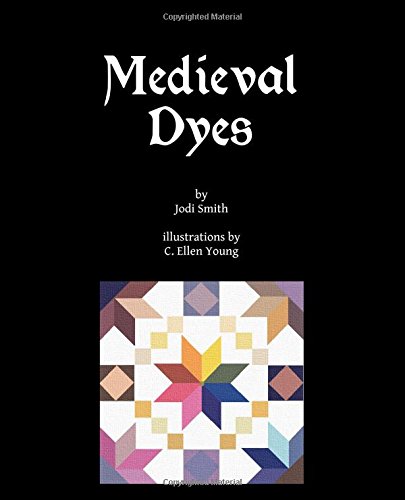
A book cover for Medieval Dyes; Jodi Smith; Crafts, Hobbies & Home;